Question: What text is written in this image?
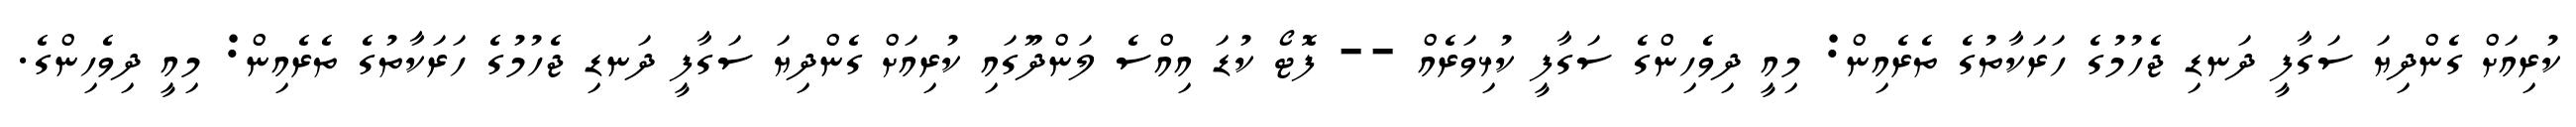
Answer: ކުރިއަށް ގެންދިޔަ ސަގާފީ ދަނޑި ޖެހުމުގެ ހަރަކާތުގެ ތެރެއިން: މިއީ ދިވެހިންގެ ސަގާފީ ކުޅިވަރެއް -- ފޮޓޯ ކުޑަ އިއްސެ ލަންދޫގައި ކުރިއަށް ގެންދިޔަ ސަގާފީ ދަނޑި ޖެހުމުގެ ހަރަކާތުގެ ތެރެއިން: މިއީ ދިވެހިންގެ.